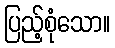
ပြည့်စုံသော။